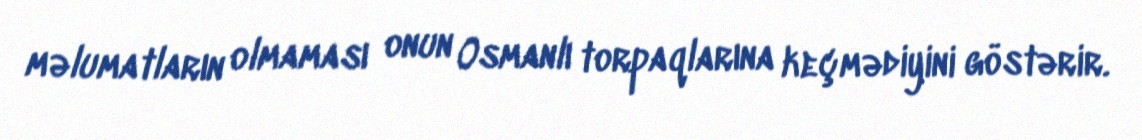
məlumatların olmaması onun Osmanlı torpaqlarına keçmədiyini göstərir.